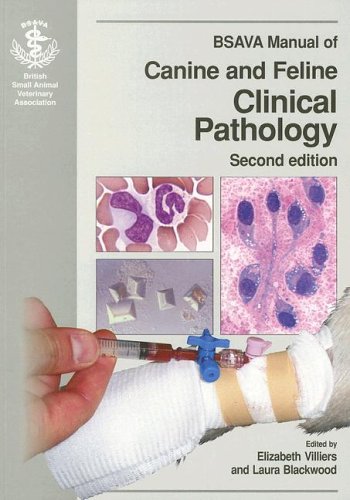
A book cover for BSAVA Manual of Canine and Feline Clinical Pathology; Medical Books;